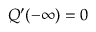
Q ^ { \prime } ( - \infty ) = 0